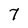
Character: 7